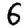
Digit: 6